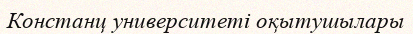
Констанц университеті оқытушылары